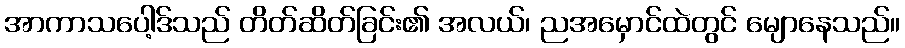
အာကာသပေါ့ဒ်သည် တိတ်ဆိတ်ခြင်း၏ အလယ်၊ ညအမှောင်ထဲတွင် မျောနေသည်။